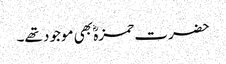
حضرت حمزہؓ بھی موجود تھے۔